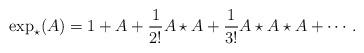
LaTeX: \begin{align*}\exp_\star(A)=1+A+\frac{1}{2!}A\star A+\frac{1}{3!}A\star A\star A+\cdots.\end{align*}